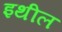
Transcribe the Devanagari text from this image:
इथील